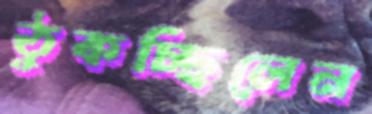
ঠুকচ্ছিলেন